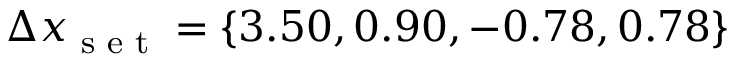
\Delta x _ { \textrm { s e t } } = \{ 3 . 5 0 , 0 . 9 0 , - 0 . 7 8 , 0 . 7 8 \}